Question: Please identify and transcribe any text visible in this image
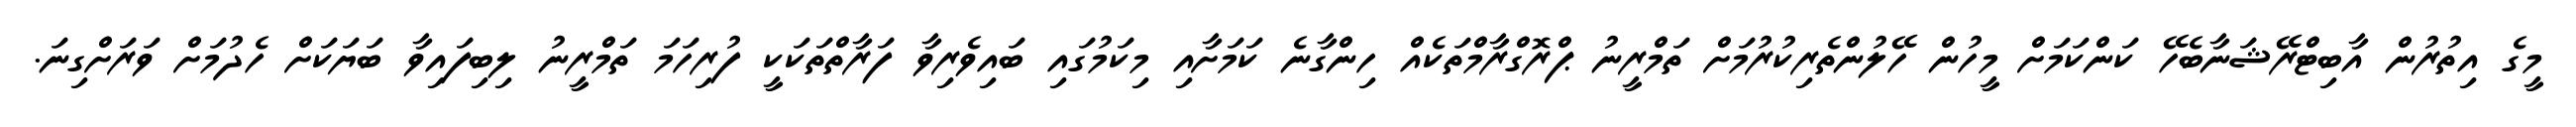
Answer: މީގެ އިތުރުން އާބިޓްރޭޝަނާބެހޭ ކަންކަމަށް މީހުން ހޭލުންތެރިކުރުމަށް ތަމްރީނު ޕްރޮގްރާމްތަކެއް ހިންގާނެ ކަމަށާއި މިކަމުގައި ބައިވެރިވާ ފަރާތްތަކަކީ ފުރިހަމަ ތަމްރީނު ލިބިފައިވާ ބަޔަކަށް ހެދުމަށް ވަރަށްގިނަ.